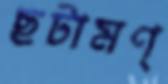
ছটামণ্